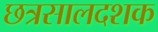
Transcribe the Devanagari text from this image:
छत्रसालदशक